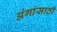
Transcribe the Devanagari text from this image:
अंगांसाठी